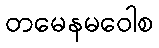
တမေနမဝေါစ